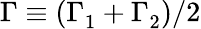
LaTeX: \Gamma\equiv(\Gamma_{1}^{}+\Gamma_{2}^{})/2